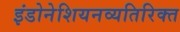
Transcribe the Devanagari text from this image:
इंडोनेशियनव्यतिरिक्त